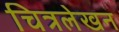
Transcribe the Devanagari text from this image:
चित्रलेखन